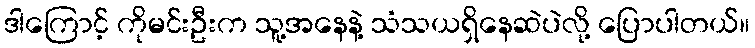
ဒါကြောင့် ကိုမင်းဦးက သူ့အနေနဲ့ သံသယရှိနေဆဲပဲလို့ ပြောပါတယ်။